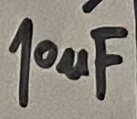
Text: 10µF